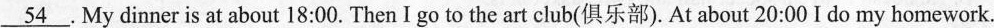
\underline{54}. My dinner is at about 18:00. Then I go to the art club(俱乐部). At about 20:00 I do my homework.